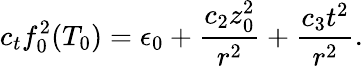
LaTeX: c_{t}f_{0}^{2}(T_{0})=\epsilon_{0}+\frac{c_{2}z_{0}^{2}}{r^{2}}+\frac{c_{3}t^{2}}{r^{2}}.